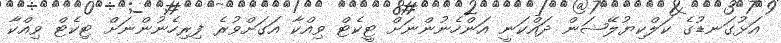
އަޅުގަނޑުގެ ކަލްކިޔުލޭޝަން ދައްކަނީ އަންހެނުންނަށް ޓީކެޓް ވިއްކާ އަގަށްވުރެ ފިރިހެނުންނަށް ޓިކެޓް ވިއްކާ